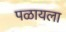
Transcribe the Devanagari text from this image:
पळायला